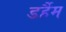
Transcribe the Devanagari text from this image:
डर्हैम